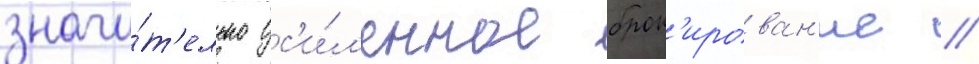
значи́т'ельно ус'и́л'енное брон'ирован'ие /